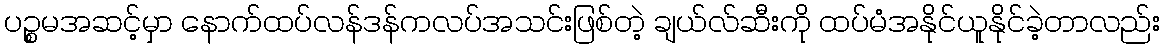
ပဉ္စမအဆင့်မှာ နောက်ထပ်လန်ဒန်ကလပ်အသင်းဖြစ်တဲ့ ချယ်လ်ဆီးကို ထပ်မံအနိုင်ယူနိုင်ခဲ့တာလည်း